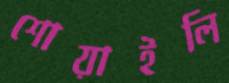
শোয়াইলি